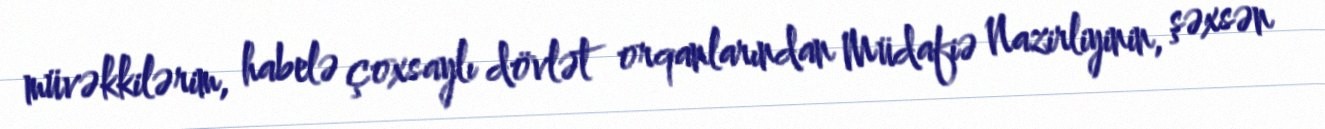
müvəkkilərim, habelə çoxsaylı dövlət orqanlarından Müdafiə Nazirliyinin, şəxsən